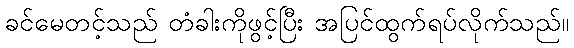
ခင်မေတင့်သည် တံခါးကိုဖွင့်ပြီး အပြင်ထွက်ရပ်လိုက်သည်။